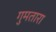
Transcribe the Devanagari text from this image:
गुमतारा